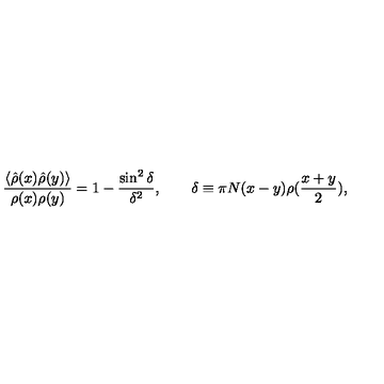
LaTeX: { \frac { \langle \hat { \rho } ( x ) \hat { \rho } ( y ) \rangle } { \rho ( x ) \rho ( y ) } } = 1 - { \frac { \sin ^ { 2 } \delta } { \delta ^ { 2 } } } , \quad \quad \delta \equiv \pi N ( x - y ) \rho ( { \frac { x + y } { 2 } } ) ,